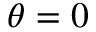
\theta = 0